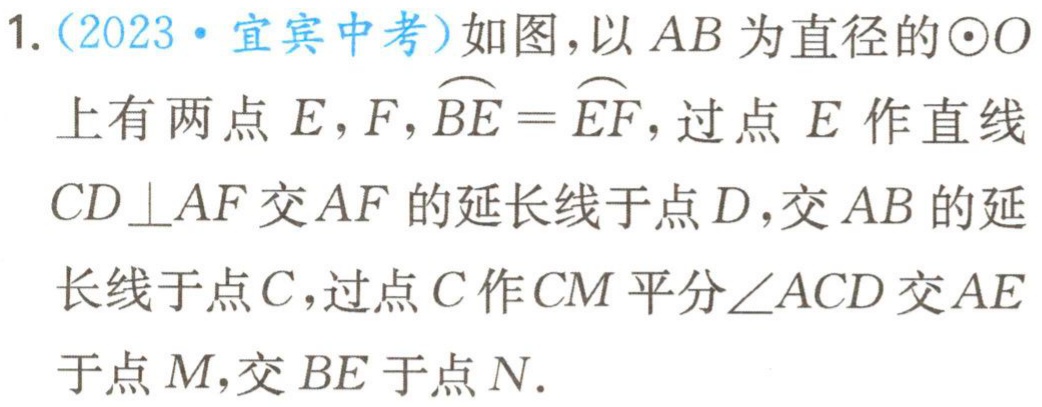
1. (2023·宜宾中考)如图，以 \(AB\) 为直径的 \(\odot O\) 上有两点 \(E,F\)，\(\overset{\frown}{BE}=\overset{\frown}{EF}\)，过点 \(E\) 作直线 \(CD\perp AF\) 交 \(AF\) 的延长线于点 \(D\)，交 \(AB\) 的延长线于点 \(C\)，过点 \(C\) 作 \(CM\) 平分 \(\angle ACD\) 交 \(AE\) 于点 \(M\)，交 \(BE\) 于点 \(N\).